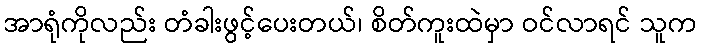
အာရုံကိုလည်း တံခါးဖွင့်ပေးတယ်၊ စိတ်ကူးထဲမှာ ဝင်လာရင် သူက